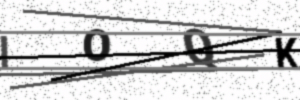
Text: IOQK